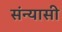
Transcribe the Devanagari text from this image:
संन्‍यासी